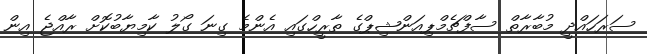
ސަރަހައްދީ މުބާރާތް ސާފްޗެމްޕިއަންޝިޕްގެ ތާރީހްގައި އެންމެ ގިނަ ގޯލު ކާމިޔާބުކޮށް ރާއްޖެ އިން